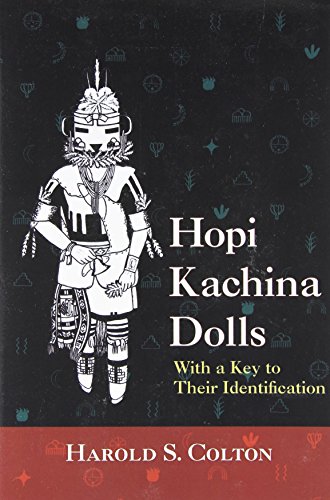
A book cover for Hopi Kachina Dolls with a Key to Their Identification; Harold S. Colton; Crafts, Hobbies & Home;